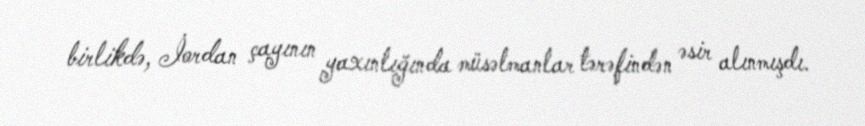
birlikdə, İordan çayının yaxınlığında müsəlmanlar tərəfindən əsir alınmışdı.